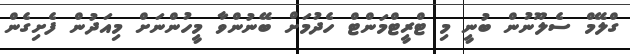
ގްލޭމް ސެލޫނުން ބުނީ މި ޓްރީޓްމަންޓް ހެދުމަށް ބޭނުންވާ މީހުންނަށް މިއަދުން ފެށިގެން